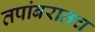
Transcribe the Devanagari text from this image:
तपांबरातच